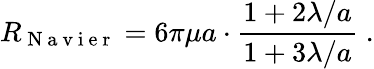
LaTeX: R_{\mathrm{~N~a~v~i~e~r~}}=6\pi\mu a\cdot\frac{1+2\lambda/a}{1+3\lambda/a}\; .